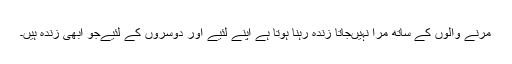
مرنے والوں کے ساتھ مرا نہیں‌جاتا زندہ رہنا ہوتا ہے اپنے لئیے اور دوسروں کے لئیےجو ابھی زندہ ہیں‌۔